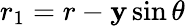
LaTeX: r_{1}=r-\mathbf{y}\sin\theta